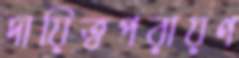
দায়িত্বপরায়ণ